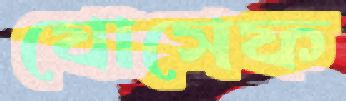
যোসেফ